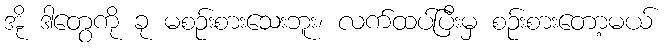
အို ဒါတွေကို ခု မစဉ်းစားသေးဘူး၊ လက်ထပ်ပြီးမှ စဉ်းစားတော့မယ်